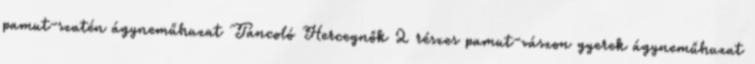
pamut-szatén ágyneműhuzat Táncoló Hercegnők 2 részes pamut-vászon gyerek ágyneműhuzat